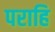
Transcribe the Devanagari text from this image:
पराहि